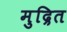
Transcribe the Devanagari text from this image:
मुद्रित